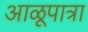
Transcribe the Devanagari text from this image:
आळूपात्रा